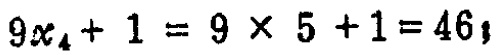
$9x_{4}+1 = 9\times 5 + 1 = 46$